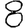
Digit: 8